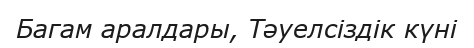
Багам аралдары, Тәуелсіздік күні